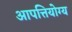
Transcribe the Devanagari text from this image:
आपत्तियोग्य